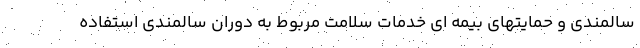
سالمندی و حمایتهای بیمه ای خدمات سلامت مربوط به دوران سالمندی استفاده